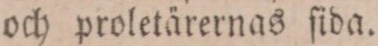
och proletärernas ſida.